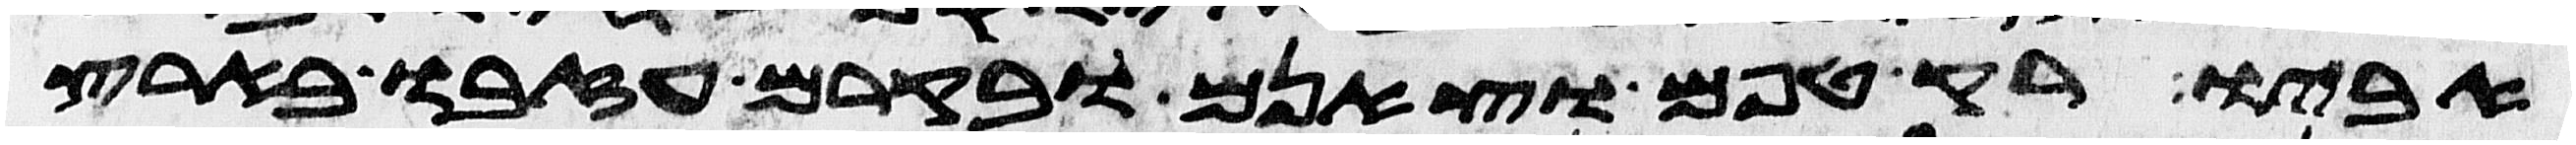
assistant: אביו רק טפם וצאנם ובקרם עזבו בארץ